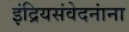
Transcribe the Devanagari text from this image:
इंद्रियसंवेदनांना